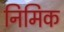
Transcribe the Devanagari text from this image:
निमिक